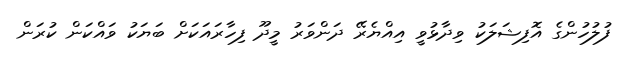
ފުލުހުންގެ އޮފިޝަލަކު ވިދާޅުވީ އިއްޔެރޭ ދަންވަރު މީދޫ ފިހާރައަކަށް ބަޔަކު ވައްކަން ކުރަން